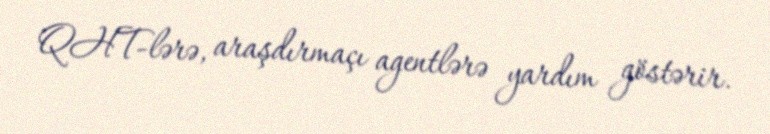
QHT-lərə, araşdırmaçı agentlərə yardım göstərir.